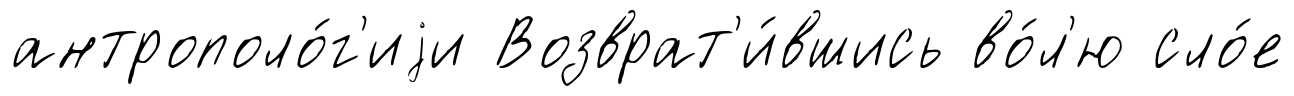
антрополо́г'иjи Возврат'и́вшись во́л'ю сло́е